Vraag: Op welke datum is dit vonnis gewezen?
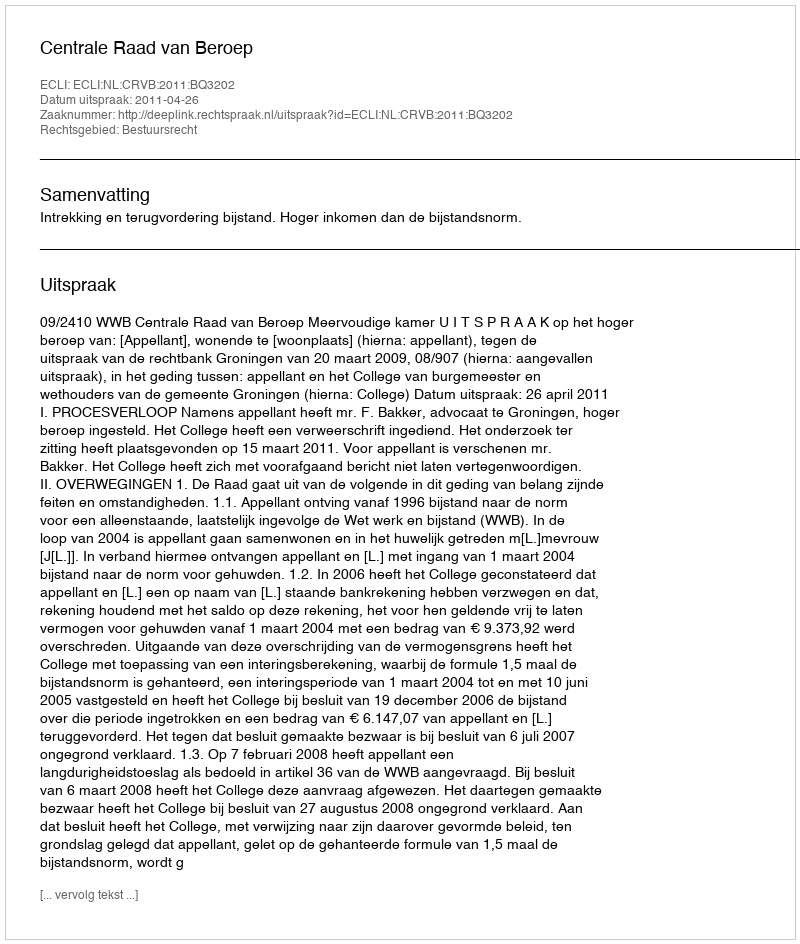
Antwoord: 2011-04-26